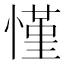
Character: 慬